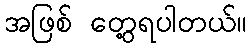
အဖြစ် တွေ့ရပါတယ်။